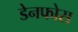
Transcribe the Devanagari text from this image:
डेनफोस